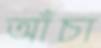
আঁচা